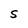
Character: S